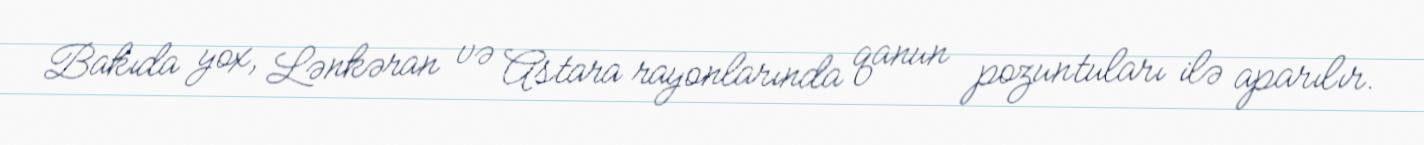
Bakıda yox, Lənkəran və Astara rayonlarında qanun pozuntuları ilə aparılır.